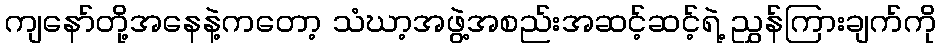
ကျနော်တို့အနေနဲ့ကတော့ သံဃာ့အဖွဲ့အစည်းအဆင့်ဆင့်ရဲ့ ညွှန်ကြားချက်ကို